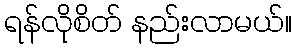
ရန်လိုစိတ် နည်းလာမယ်။